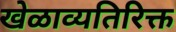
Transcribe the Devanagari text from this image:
खेळाव्यतिरिक्त